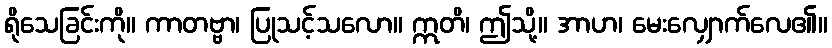
ရိုသေခြင်းကို။ ကာတဗ္ဗာ၊ ပြုသင့်သလော။ ဣတိ၊ ဤသို့။ အာဟ၊ မေးလျှောက်လေ၏။